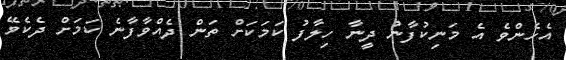
އެހެންވެ އެ މަނިކުފާނު ދީނާ ހިލާފު ކަމަކަށް ތަން ދެއްވާފާނެ ކަމަށް ދެކެވޭ